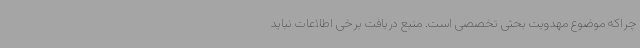
چراکه موضوع مهدویت بحثی تخصصی است. منبع دریافت برخی اطلاعات نباید